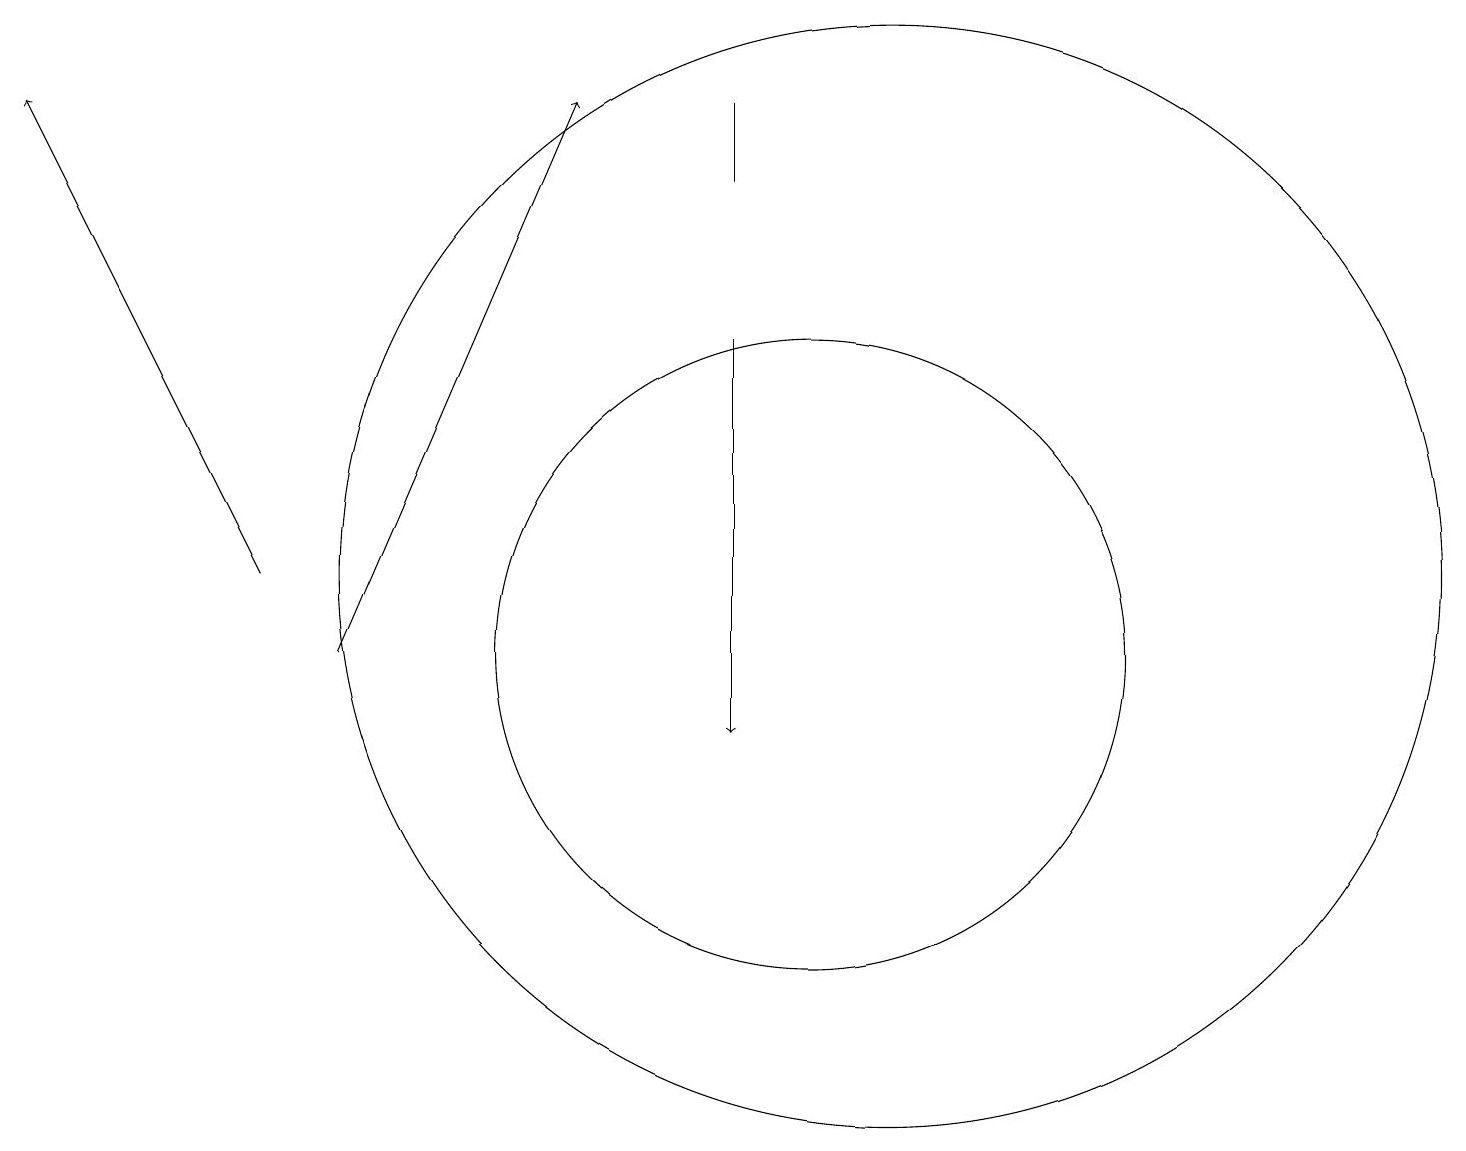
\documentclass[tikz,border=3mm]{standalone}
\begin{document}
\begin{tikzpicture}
\draw (11,12) circle (7);
\draw[->] (3,12) -- (0,18);
\draw (10,11) circle (4);
\draw[->] (9,15) -- (9,10);
\draw (9,17) rectangle (9,18);
\draw[->] (4,11) -- (7,18);
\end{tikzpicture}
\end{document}